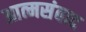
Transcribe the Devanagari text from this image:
आत्मसंवाद